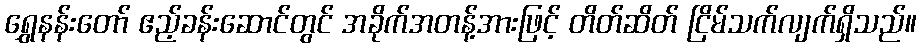
ရွှေနန်းတော် ဧည့်ခန်းဆောင်တွင် အခိုက်အတန့်အားဖြင့် တိတ်ဆိတ် ငြိမ်သက်လျက်ရှိသည်။